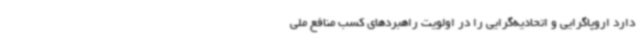
دارد اروپاگرایی و اتحادیه‌گرایی را در اولویت راهبردهای کسب منافع ملی